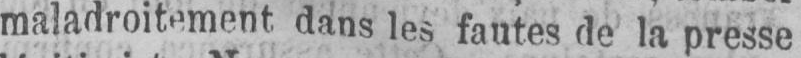
maladroitement dans les fautes de la presse